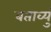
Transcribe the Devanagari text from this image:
बताव्युं